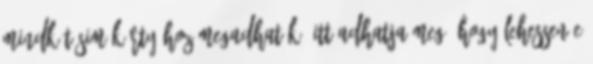
mindkét SIM kártyához megadhatók. Itt adhatja meg, hogy lehessen-e